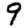
Digit: 9